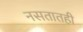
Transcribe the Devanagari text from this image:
नसतातही